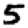
Digit: 5